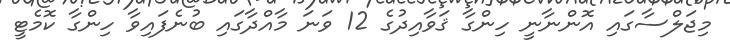
މިޖަލްސާގައި އޮންނާނީ ހިންގާ ޤަވާއިދުގެ 12 ވަނަ މާއްދާގައި ބުނެފައިވާ ހިންގާ ކޮމެޓީ